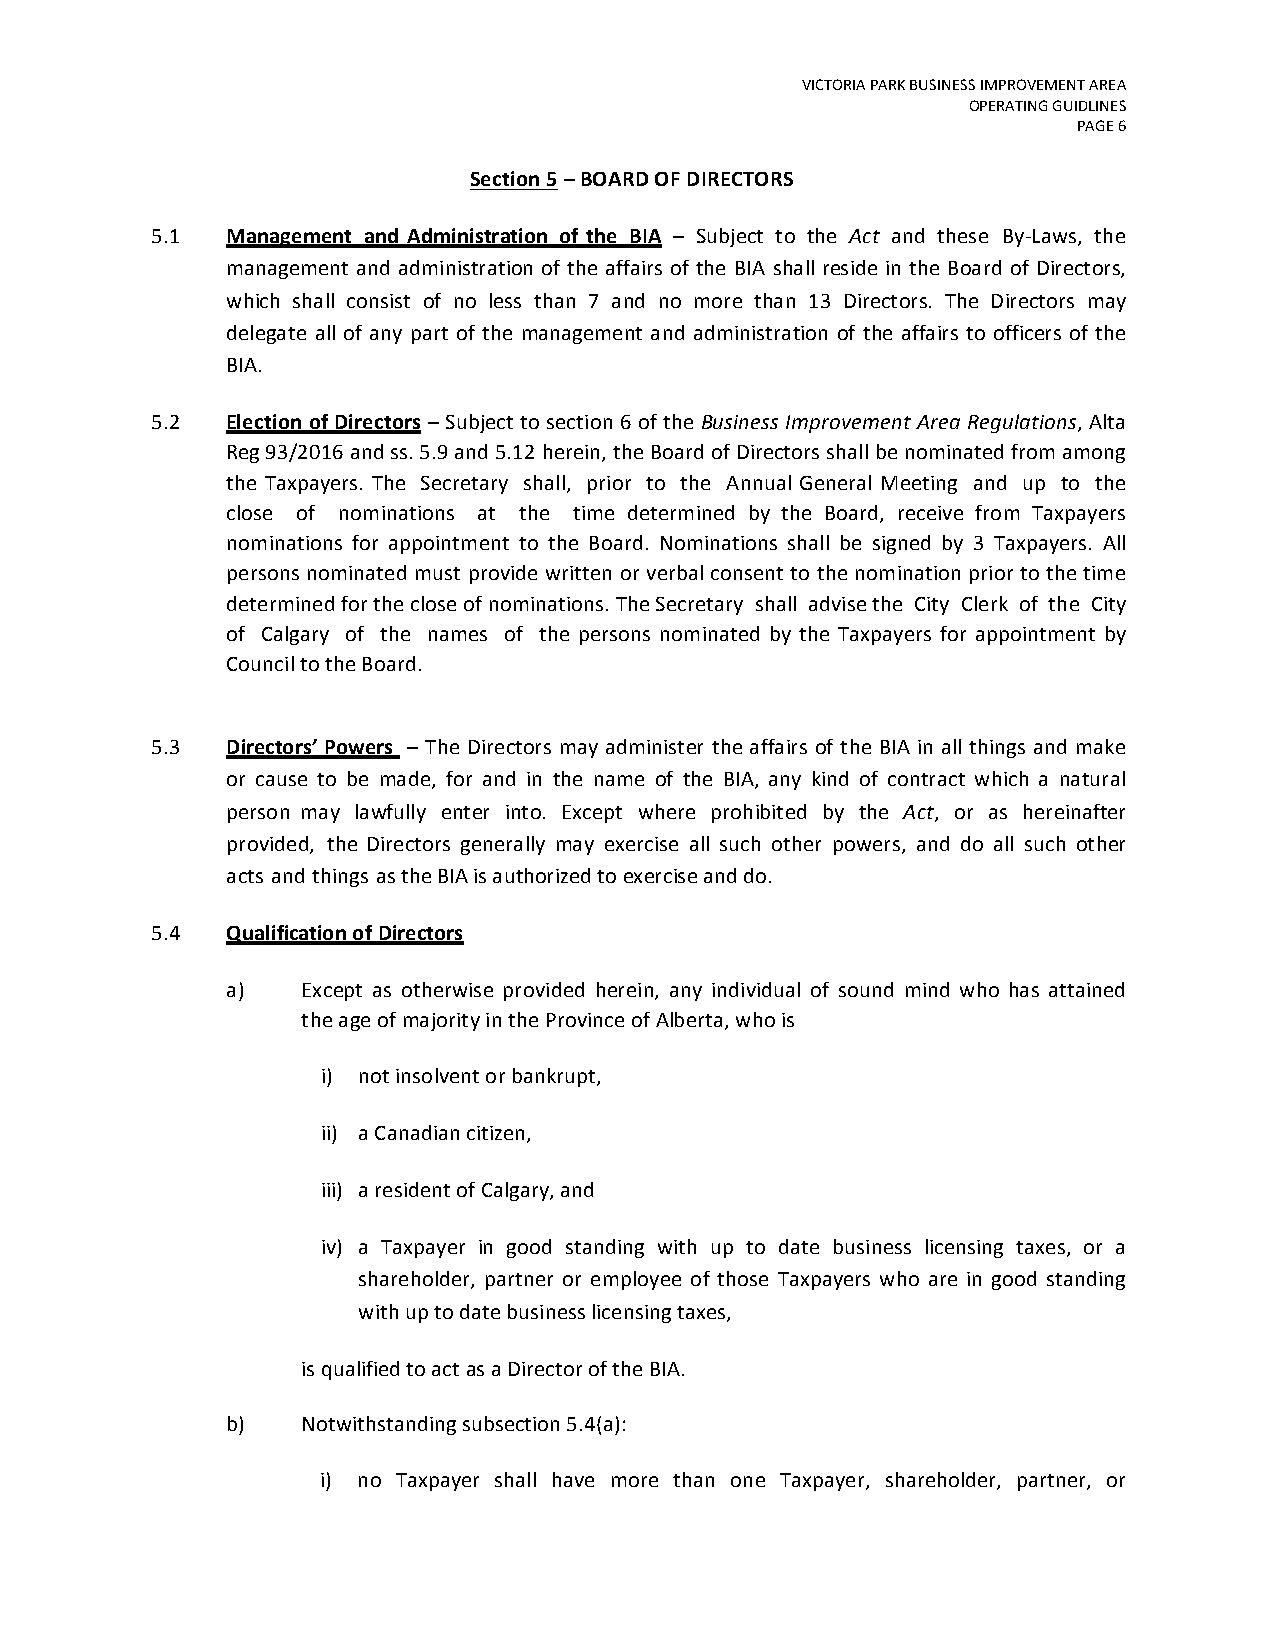
VICTORIA PARK BUSINESS IMPROVEMENT AREA
 OPERATING GUIDLINES
 PAGE 6
 Section 5 – BOARD OF DIRECTORS
 5.1  Management and Administration of the BIA – Subject to the Act and these By-Laws, the
 management and administration of the affairs of the BIA shall reside in the Board of Directors,
 which shall consist of no less than 7 and no more than 13 Directors. The Directors may
 delegate all of any part of the management and administration of the affairs to officers of the
 BIA.
 5.2  Election of Directors – Subject to section 6 of the Business Improvement Area Regulations, Alta
 Reg 93/2016 and ss. 5.9 and 5.12 herein, the Board of Directors shall be nominated from among
 the Taxpayers. The Secretary shall, prior to the Annual General Meeting and up to the
 close of nominations at the time determined by the Board, receive from Taxpayers
 nominations for appointment to the Board. Nominations shall be signed by 3 Taxpayers. All
 persons nominated must provide written or verbal consent to the nomination prior to the time
 determined for the close of nominations. The Secretary shall advise the City Clerk of the City
 of Calgary of the names of the persons nominated by the Taxpayers for appointment by
 Council to the Board.
 5.3  Directors’ Powers – The Directors may administer the affairs of the BIA in all things and make
 or cause to be made, for and in the name of the BIA, any kind of contract which a natural
 person may lawfully enter into. Except where prohibited by the Act, or as hereinafter
 provided, the Directors generally may exercise all such other powers, and do all such other
 acts and things as the BIA is authorized to exercise and do.
 5.4  Qualification of Directors
 a)   Except as otherwise provided herein, any individual of sound mind who has attained
 the age of majority in the Province of Alberta, who is
 i) not insolvent or bankrupt,
 ii) a Canadian citizen,
 iii) a resident of Calgary, and
 iv) a Taxpayer in good standing with up to date business licensing taxes, or a
 shareholder, partner or employee of those Taxpayers who are in good standing
 with up to date business licensing taxes,
 is qualified to act as a Director of the BIA.
 b)   Notwithstanding subsection 5.4(a):
 i) no Taxpayer shall have more than one Taxpayer, shareholder, partner, or